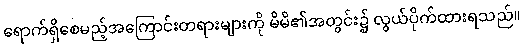
ရောက်ရှိစေမည့်အကြောင်းတရားများကို မိမိ၏အတွင်း၌ လွယ်ပိုက်ထားရသည်။